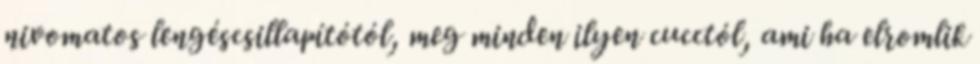
nivomatos lengéscsillapítótól, meg minden ilyen cucctól, ami ha elromlik